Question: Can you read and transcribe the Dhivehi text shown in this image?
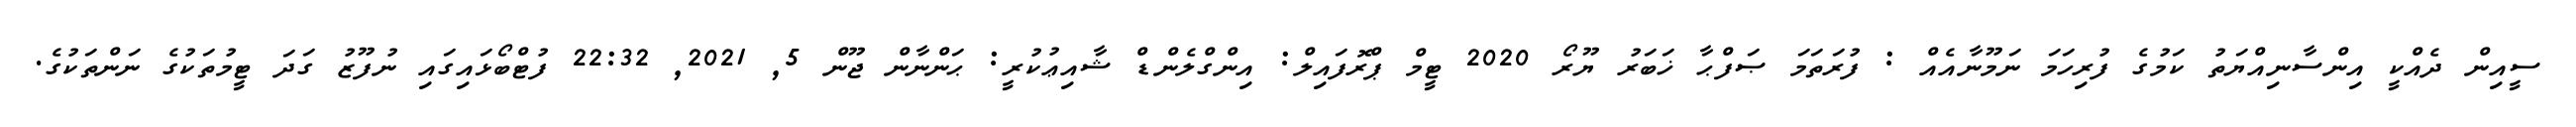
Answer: ސީއިން ދެއްކީ އިންސާނިއްޔަތު ކަމުގެ ފުރިހަމަ ނަމޫނާއެއް : ފުރަތަމަ ޞަފްޙާ ޚަބަރު ޔޫރޯ 2020 ޓީމް ޕްރޮފައިލް: އިންގްލެންޑް ޝާއިޢުކުރީ: ޙަންނާން ޖޫން 5, 2021, 22:32 ފުޓްބޯޅައިގައި ނުފޫޒު ގަދަ ޓީމުތަކުގެ ނަންތަކުގެ.